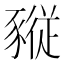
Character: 𧱷